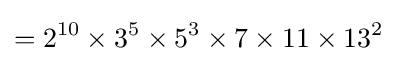
=2^{10}\times 3^{5}\times 5^{3}\times 7\times 11\times 13^{2}